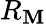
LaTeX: R_{\mathbf{M}}